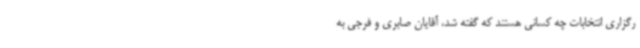
رگزاری انتخابات چه کسانی هستند که گفته شد، آقایان صابری و فرجی به